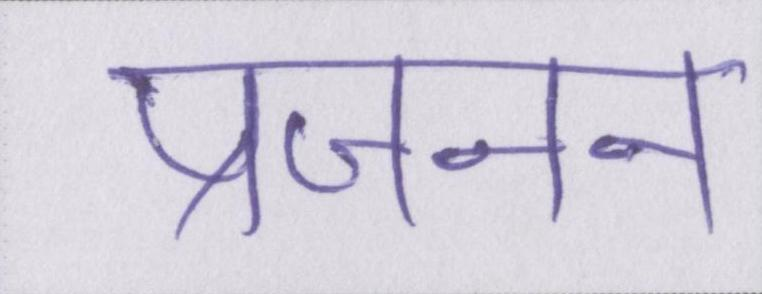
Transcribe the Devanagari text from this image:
प्रजनन